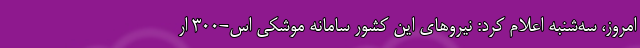
امروز، سه‌شنبه اعلام کرد: نیروهای این کشور سامانه موشکی اس-۳۰۰ ار